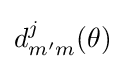
d_{m'm}^{j}(\theta )